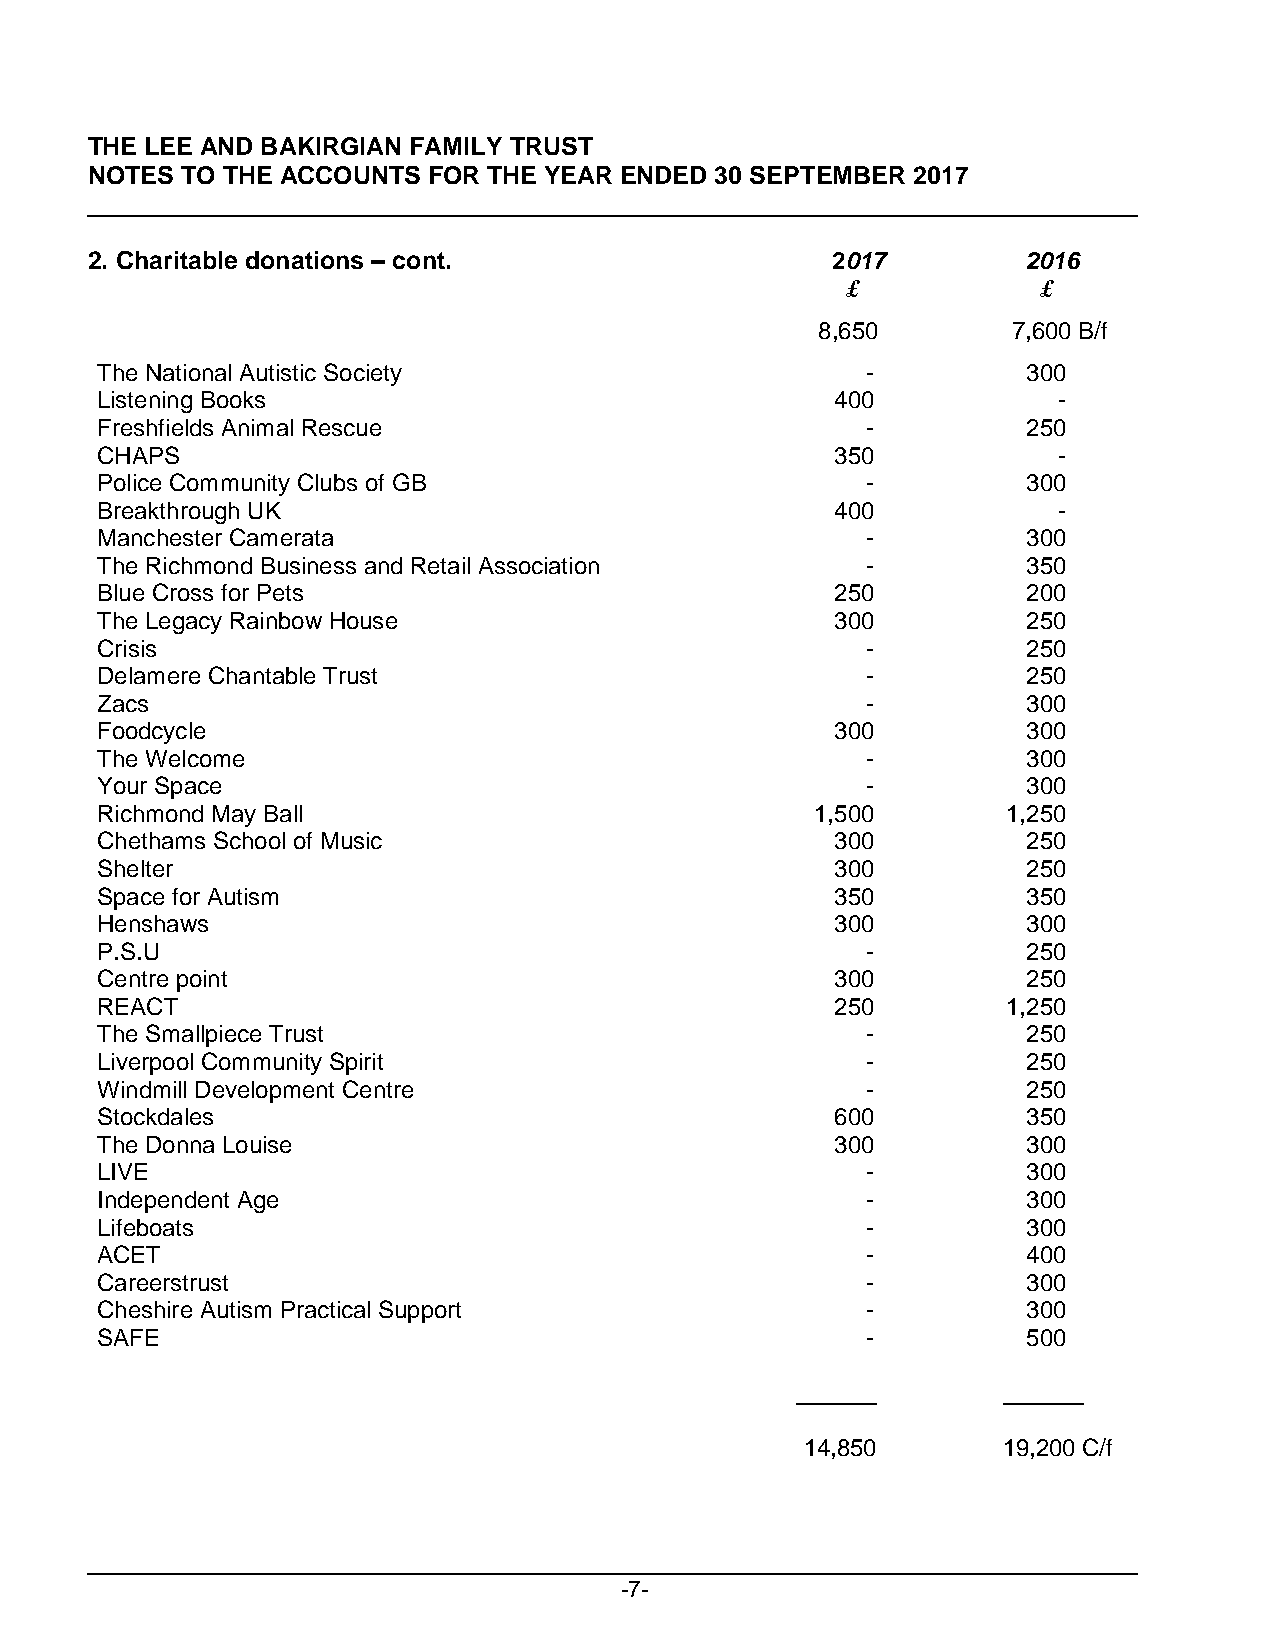
THE LEE AND BAKIRGIAN FAMILY TRUST
 NOTES TO THE ACCOUNTS FOR THE YEAR ENDED 30 SEPTEMBER 2017
 2. Charitable donations – cont.                  2017         2016
 £            £
 8,650        7,600 B/f
 The National Autistic Society                      -          300
 Listening Books                                  400            -
 Freshfields Animal Rescue                          -          250
 CHAPS                                            350            -
 Police Community Clubs of GB                       -          300
 Breakthrough UK                                  400            -
 Manchester Camerata                                -          300
 The Richmond Business and Retail Association       -          350
 Blue Cross for Pets                              250          200
 The Legacy Rainbow House                         300          250
 Crisis                                             -          250
 Delamere Chantable Trust                           -          250
 Zacs                                               -          300
 Foodcycle                                        300          300
 The Welcome                                        -          300
 Your Space                                         -          300
 Richmond May Ball                               1,500        1,250
 Chethams School of Music                         300          250
 Shelter                                          300          250
 Space for Autism                                 350          350
 Henshaws                                         300          300
 P.S.U                                              -          250
 Centre point                                     300          250
 REACT                                            250         1,250
 The Smallpiece Trust                               -          250
 Liverpool Community Spirit                         -          250
 Windmill Development Centre                        -          250
 Stockdales                                       600          350
 The Donna Louise                                 300          300
 LIVE                                               -          300
 Independent Age                                    -          300
 Lifeboats                                          -          300
 ACET                                               -          400
 Careerstrust                                       -          300
 Cheshire Autism Practical Support                  -          300
 SAFE                                               -          500
 14,850       19,200 C/f
 -7-